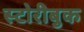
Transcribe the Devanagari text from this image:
स्टोरीबुक